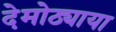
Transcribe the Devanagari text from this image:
देमोठ्याया